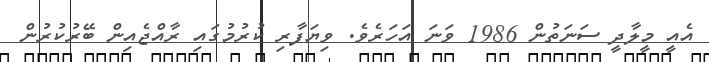
އެއީ މީލާދީ ސަނަތުން 1986 ވަނަ އަހަރެވެ. ވިޔަފާރި ކުރުމުގައި ރާއްޖެއިން ބޭރުކުރުން